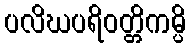
ပလိဃပရိဝတ္တိကမ္ပိ